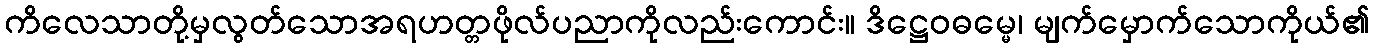
ကိလေသာတို့မှလွတ်သောအရဟတ္တဖိုလ်ပညာကိုလည်းကောင်း။ ဒိဋ္ဌေဝဓမ္မေ၊ မျက်မှောက်သောကိုယ်၏